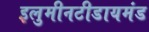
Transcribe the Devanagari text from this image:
इलुमीनटीडायमंड